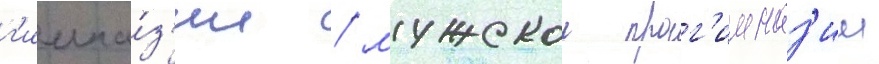
г'имна́з'ии / мужскои прог'имназ'ии